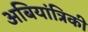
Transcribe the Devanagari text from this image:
अबियांत्रिकी